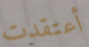
أعتقدت